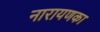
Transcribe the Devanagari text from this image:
नारायणका